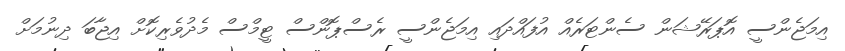
އިމަޖެންސީ އޮޕަރޭޝަން ސެންޓަރެއް އުފައްދައި އިމަޖެންސީ ރެސްޕޮންސް ޓީމްސް މެދުވެރިކޮށް އިޖާބަ ދިނުމަށް